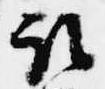
取